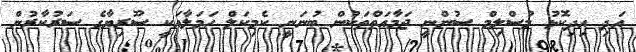
އަދި އިދިކޮޅު މުސްލިމް ސުންނީ ޖަމާއަތްތަކުން ބުނަނީ ކެމިކަލް ހަމަލާއަކީ ސޫރިޔާގެ ސަރުކާރުން